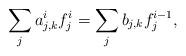
LaTeX: \begin{align*}\sum_j a^i_{j,k} f_j^i = \sum_j b_{j,k} f_j^{i-1},\end{align*}